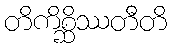
တိကိစ္ဆိဿတီတိ